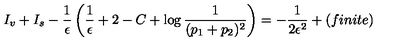
I _ { v } + I _ { s } - { \frac { 1 } { \epsilon } } \left( { \frac { 1 } { \epsilon } } + 2 - C + \log { \frac { 1 } { ( p _ { 1 } + p _ { 2 } ) ^ { 2 } } } \right) = - { \frac { 1 } { 2 \epsilon ^ { 2 } } } + ( f i n i t e )